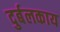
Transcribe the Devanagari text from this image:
दुर्बलकाय